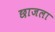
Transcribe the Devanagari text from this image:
छाजला